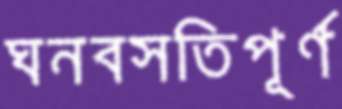
ঘনবসতিপূর্ণ